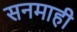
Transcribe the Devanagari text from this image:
सनमाही